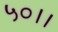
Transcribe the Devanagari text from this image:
५०।।